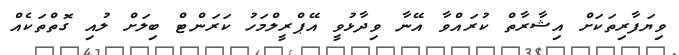
ވިޔަފާރިތަކަށް އިޝާރާތް ކުރައްވާ އޭނާ ވިދާޅުވީ އޭޕްރީލްމަހު ކަރަންޓް ބިލަށް ލުއި ގޮތްތަކެއް